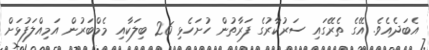
އެބަދެއެވެ. އޭގެ ތެރޭގައި ސަރުކާރުގެ ފަރާތުން ހުށަހެޅި 26 ބިލަކާއި މެމްބަރުން އަމިއްލަފުޅަށް